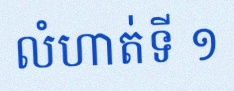
លំហាត់ទី ១